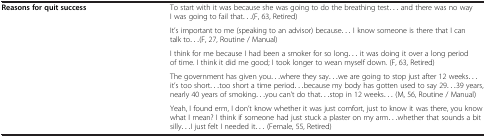
|  |  |
 | --- | --- |
 | <ROWSPAN=4> Reasons for quit success | To start with it was because she was going to do the breathing test... and there was no way I was going to fail that...(F, 63, Retired) |
 | It’s important to me (speaking to an advisor) because... I know someone is there that I can talk to...(F, 27, Routine / Manual) |
 | I think for me because I had been a smoker for so long... it was doing it over a long period of time. I think it did me good; I took longer to wean myself down. (F, 63, Retired) |
 | The government has given you...where they say...we are going to stop just after 12 weeks...it’s too short...too short a time period...because my body has gotten used to say 29...39 years, nearly 40 years of smoking...you can’t do that...stop in 12 weeks... (M, 56, Routine / Manual) |
 |  | Yeah, I found erm, I don’t know whether it was just comfort, just to know it was there, you know what I mean? I think if someone had just stuck a plaster on my arm...whether that sounds a bit silly...I just felt I needed it... (Female, 55, Retired) |